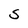
Character: S